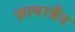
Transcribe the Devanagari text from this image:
फ़ायरब्रैंड